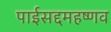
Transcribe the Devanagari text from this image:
पाईसद्दमहष्णव